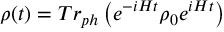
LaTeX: \rho ( t ) = T r _ { p h } \left( e ^ { - i H t } \rho _ { 0 } e ^ { i H t } \right)